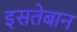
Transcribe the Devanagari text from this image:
इसतेबान